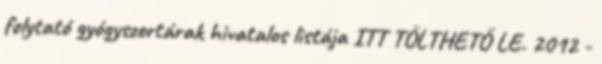
folytató gyógyszertárak hivatalos listája ITT TÖLTHETŐ LE. 2012 -